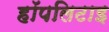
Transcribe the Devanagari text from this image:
हॉपलिटाइ